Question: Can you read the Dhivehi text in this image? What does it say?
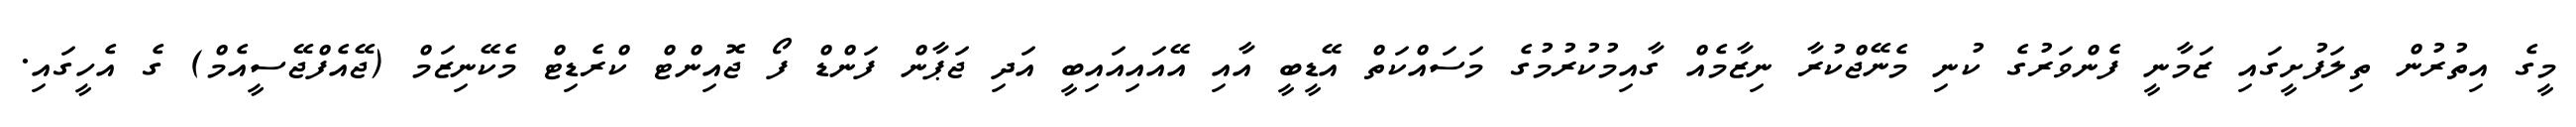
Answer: މީގެ އިތުރުން ތިލަފުށީގައި ޒަމާނީ ފެންވަރުގެ ކުނި މެނޭޖްކުރާ ނިޒާމެއް ގާއިމުކުރުމުގެ މަސައްކަތް އޭޑީބީ އާއި އޭއައިއައިބީ އަދި ޖަޕާން ފަންޑް ފޯ ޖޮއިންޓް ކްރެޑިޓް މެކޭނިޒަމް (ޖޭއެފްޖޭސީއެމް) ގެ އެހީގައި.